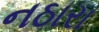
નઠારા